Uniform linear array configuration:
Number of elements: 8
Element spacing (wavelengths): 0.25
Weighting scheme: kaiser
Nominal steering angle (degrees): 30
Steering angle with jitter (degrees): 31.125
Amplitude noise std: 0.05
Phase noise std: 0.05

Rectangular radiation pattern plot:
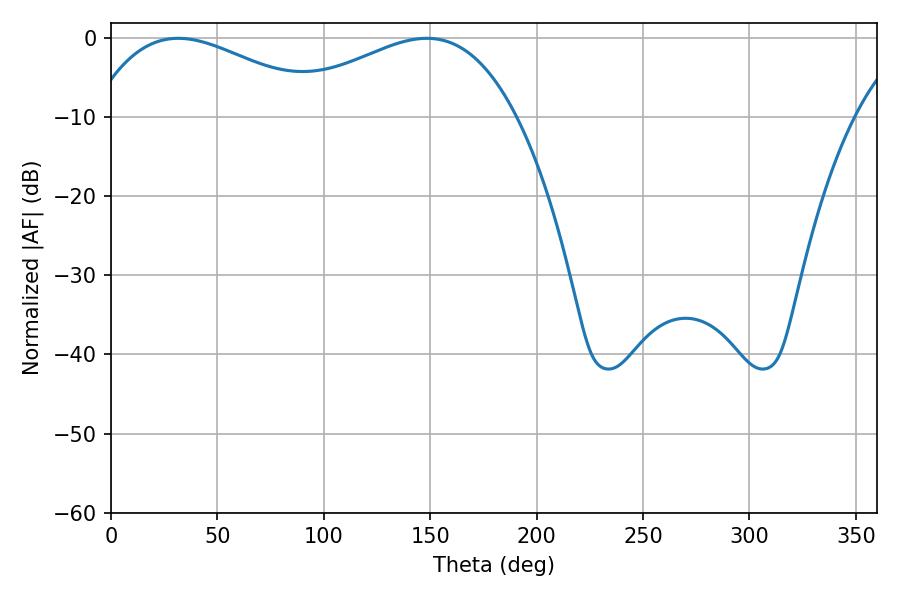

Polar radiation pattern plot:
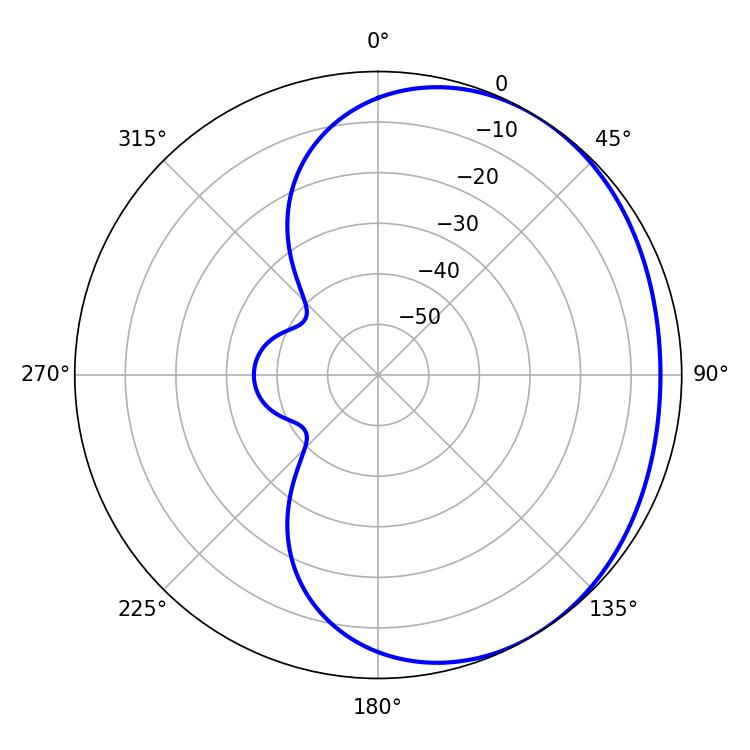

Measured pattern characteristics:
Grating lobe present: FALSE
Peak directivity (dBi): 1.965
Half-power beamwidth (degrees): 61.02
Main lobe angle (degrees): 31.68